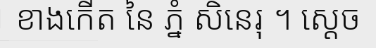
ខាងកើត នៃ ភ្នំ សិនេរុ ។ ស្តេច